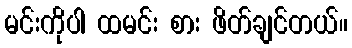
မင်းကိုပါ ထမင်း စား ဖိတ်ချင်တယ်။